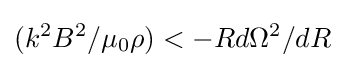
(k^{2}B^{2}/\mu _{0}\rho )<-Rd\Omega ^{2}/dR\